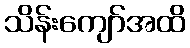
သိန်းကျော်အထိ